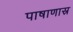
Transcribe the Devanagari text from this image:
पाषाणास्र